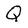
Character: Q